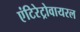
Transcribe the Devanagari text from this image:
एंटिरेट्रोवायरल